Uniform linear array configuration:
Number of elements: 48
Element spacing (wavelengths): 0.25
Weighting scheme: blackman
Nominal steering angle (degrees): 45
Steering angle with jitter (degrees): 43.887
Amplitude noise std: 0.05
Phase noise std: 0.05

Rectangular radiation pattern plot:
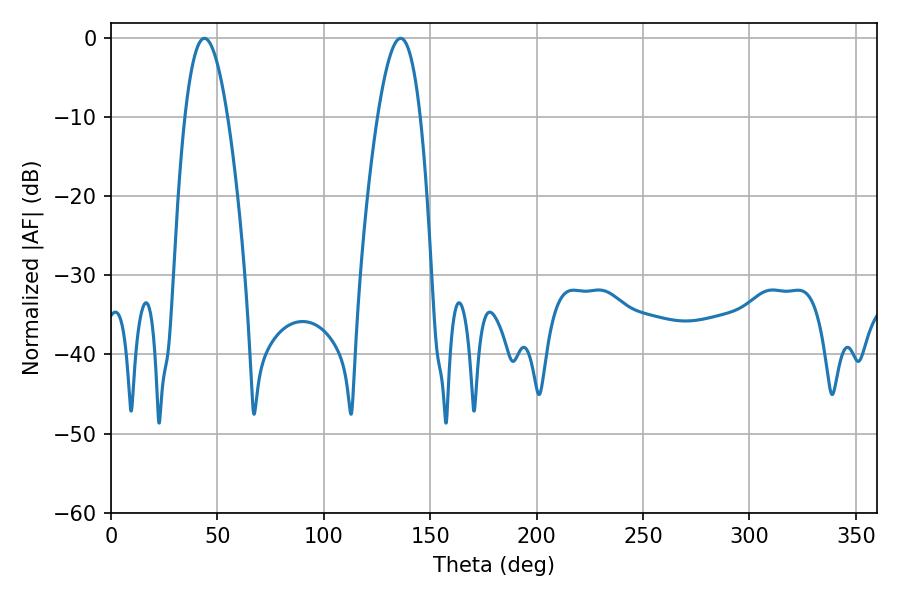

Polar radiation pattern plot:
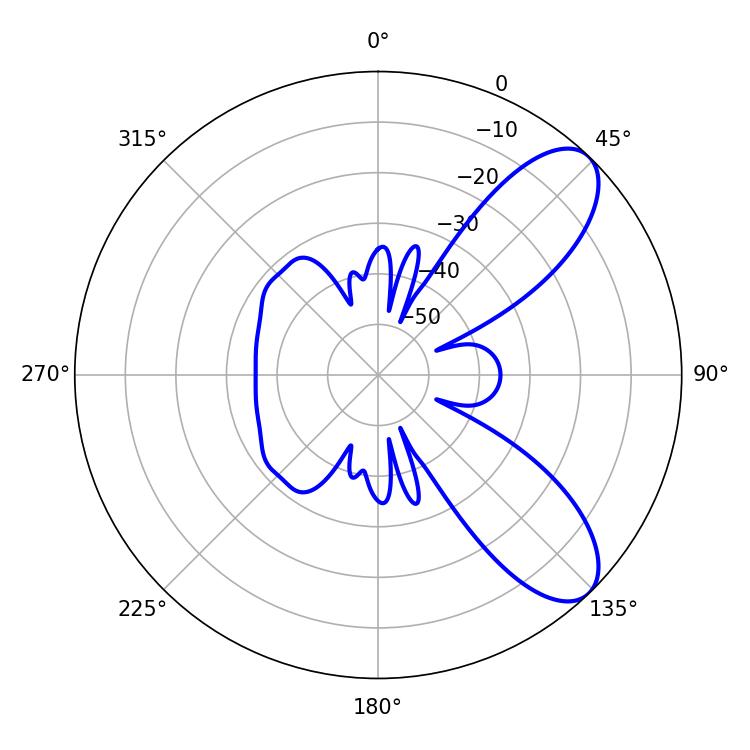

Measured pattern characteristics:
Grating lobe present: FALSE
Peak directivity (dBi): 8.425
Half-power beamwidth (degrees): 10.98
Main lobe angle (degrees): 136.08